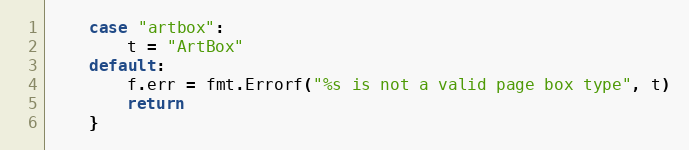
Language: Go
	case "artbox":
		t = "ArtBox"
	default:
		f.err = fmt.Errorf("%s is not a valid page box type", t)
		return
	}